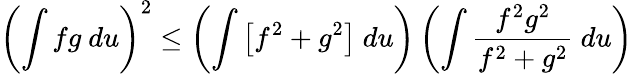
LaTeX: \left(\int fg~du\right)^{2}\leq\left(\int\left[f^{2}+g^{2}\right]~du\right)\left(\int\frac{f^{2}g^{2}}{f^{2}+g^{2}}~du\right)